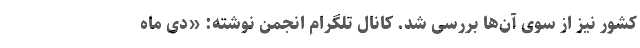
کشور نیز از سوی آن‌ها بررسی شد. کانال تلگرام انجمن نوشته: «دی ماه